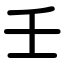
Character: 壬